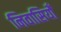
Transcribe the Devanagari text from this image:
निवासियोँ